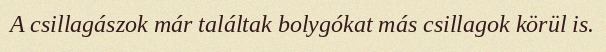
A csillagászok már találtak bolygókat más csillagok körül is.